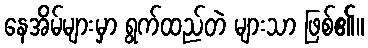
နေအိမ်များမှာ ရွက်ထည်တဲ များသာ ဖြစ်၏။